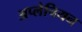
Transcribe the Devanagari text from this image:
अप्लेचियन